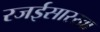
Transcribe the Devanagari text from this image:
रजईसारखा